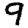
Digit: 9